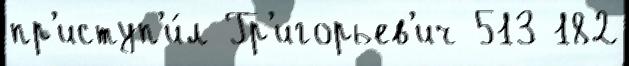
пр'иступ'и́л Гр'игорьев'ич 513 182